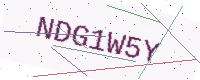
Text: NDG1W5Y